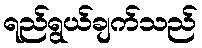
ရည်ရွယ်ချက်သည်